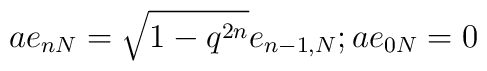
a e_{nN}=\sqrt{1-q^{2n}}e_{n-1,N} ; a e_{0N}=0